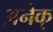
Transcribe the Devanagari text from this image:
अनेक्